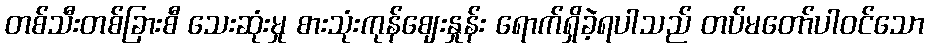
တစ်သီးတစ်ခြားစီ သေးဆုံးမှု စားသုံးကုန်ဈေးနှုန်း ရောက်ရှိခဲ့ရပါသည် တပ်မတော်ပါဝင်သော